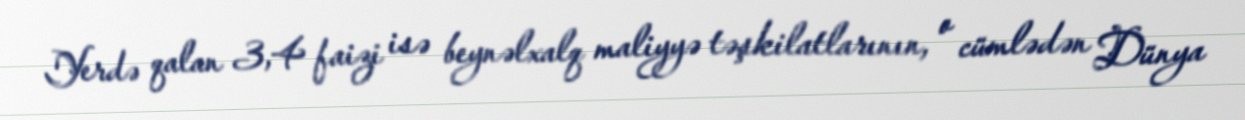
Yerdə qalan 3,4 faizi isə beynəlxalq maliyyə təşkilatlarının, o cümlədən Dünya